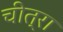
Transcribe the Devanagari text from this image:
चीत्रा